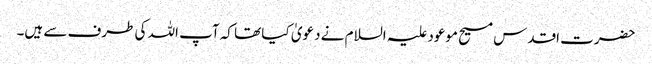
حضرت اقدس مسیح موعود علیہ السلام نے دعویٰ کیا تھا کہ آپ اللہ کی طرف سے ہیں۔